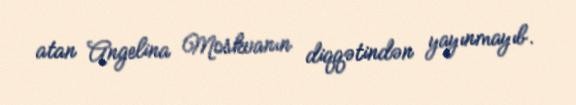
atan Angelina Moskvanın diqqətindən yayınmayıb.